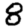
Digit: 8